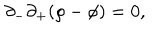
\partial _ { - } \partial _ { + } ( \rho - \phi ) = 0 ,